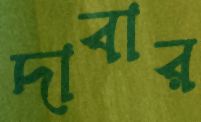
দাবার